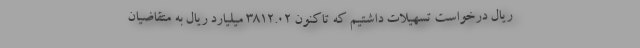
ریال درخواست تسهیلات داشتیم که تاکنون ۳۸۱۲.۰۲ میلیارد ریال به متقاضیان